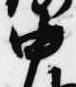
中